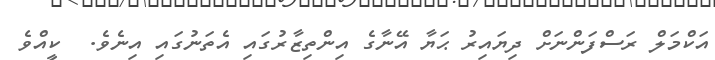
އަކްމަލް ރަސްފަންނަށް ދިޔައިރު ޙަޔާ އޭނާގެ އިންތިޒާރުގައި އެތަނުގައި އިނެވެ.  ކީއްވެ